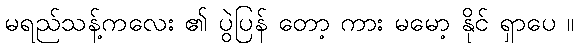
မရည်သန့်ကလေး ၏ ပွဲပြန် တော့ ကား မမော့ နိုင် ရှာပေ ။